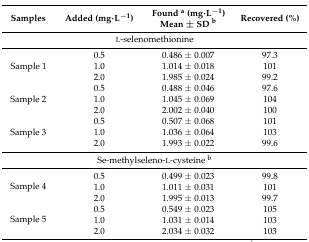
| Samples | Added (mg·L−1) | Found a(mg·L−1) Mean ± SD b | Recovered (%) |
 | --- | --- | --- | --- |
 | <COLSPAN=4> l-selenomethionine |
 | <ROWSPAN=3> Sample 1 | 0.5 | 0.486 ± 0.007 | 97.3 |
 | 1.0 | 1.014 ± 0.018 | 101 |
 | 2.0 | 1.985 ± 0.024 | 99.2 |
 | <ROWSPAN=3> Sample 2 | 0.5 | 0.488 ± 0.046 | 97.6 |
 | 1.0 | 1.045 ± 0.069 | 104 |
 | 2.0 | 2.002 ± 0.040 | 100 |
 | <ROWSPAN=3> Sample 3 | 0.5 | 0.507 ± 0.068 | 101 |
 | 1.0 | 1.036 ± 0.064 | 103 |
 | 2.0 | 1.993 ± 0.022 | 99.6 |
 | <COLSPAN=4> Se-methylseleno-l-cysteine b |
 | <ROWSPAN=3> Sample 4 | 0.5 | 0.499 ± 0.023 | 99.8 |
 | 1.0 | 1.011 ± 0.031 | 101 |
 | 2.0 | 1.995 ± 0.013 | 99.7 |
 | <ROWSPAN=3> Sample 5 | 0.5 | 0.549 ± 0.023 | 105 |
 | 1.0 | 1.031 ± 0.014 | 103 |
 | 2.0 | 2.034 ± 0.032 | 103 |